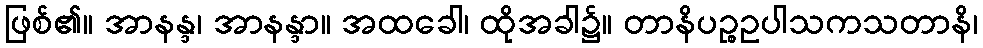
ဖြစ်၏။ အာနန္ဒ၊ အာနန္ဒာ။ အထခေါ၊ ထိုအခါ၌။ တာနိပဉ္စဥပါသကသတာနိ၊